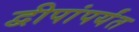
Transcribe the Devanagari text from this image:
द्वीपांपर्यंत